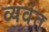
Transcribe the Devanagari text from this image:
व्यवंत